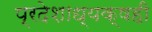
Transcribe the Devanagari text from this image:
प्रदेशाध्यक्षही